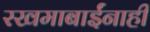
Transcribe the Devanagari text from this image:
रखमाबाईंनाही